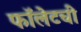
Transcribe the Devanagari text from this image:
फॉलेटची